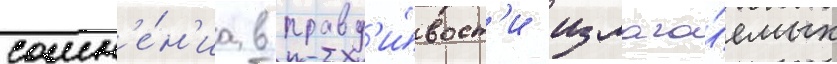
сомн'е́н'иа в правд'и́вост'и излага́емых